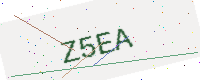
Text: Z5EA